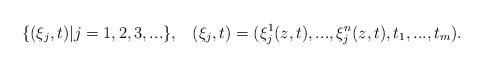
LaTeX: \begin{align*}\{(\xi_j,t)|j=1,2,3,...\},\,\,\,\,\, (\xi_j,t)=(\xi_j^1(z,t),...,\xi_j^n(z,t),t_1,...,t_m).\end{align*}